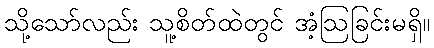
သို့သော်လည်း သူ့စိတ်ထဲတွင် အံ့ဩခြင်းမရှိ။